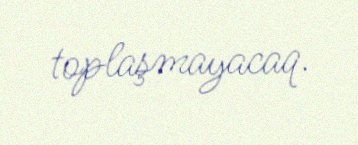
toplaşmayacaq.